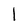
Character: 1